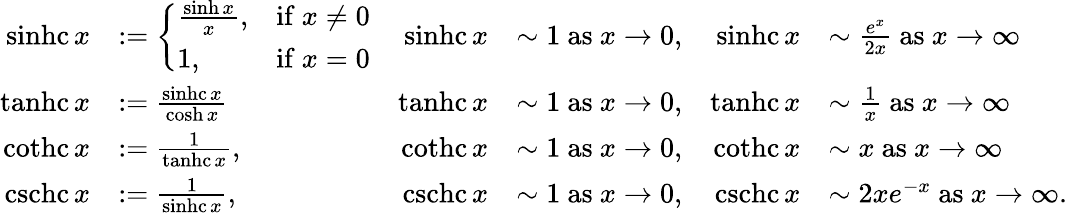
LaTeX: \begin{array}{rlrlrl}{\operatorname{sinhc}x}&{:=\left\{ \begin{array}{ll}{\frac{\sinh x}{x},}&{\mathrm{if~}x\neq 0}\\ {1,}&{\mathrm{if~}x=0}\end{array}\right.}&{\operatorname{sinhc}x}&{\sim 1\mathrm{~as~}x\rightarrow 0,}&{\operatorname{sinhc}x}&{\sim\frac{e^{x}}{2x}\mathrm{~as~}x\rightarrow\infty}\\ {\operatorname{tanhc}x}&{:=\frac{\operatorname{sinhc}x}{\cosh x}}&{\operatorname{tanhc}x}&{\sim 1\mathrm{~as~}x\rightarrow 0,}&{\operatorname{tanhc}x}&{\sim\frac{1}{x}\mathrm{~as~}x\rightarrow\infty}\\ {\operatorname{cothc}x}&{:=\frac{1}{\operatorname{tanhc}x},}&{\operatorname{cothc}x}&{\sim 1\mathrm{~as~}x\rightarrow 0,}&{\operatorname{cothc}x}&{\sim x\mathrm{~as~}x\rightarrow\infty}\\ {\operatorname{cschc}x}&{:=\frac{1}{\operatorname{sinhc}x},}&{\operatorname{cschc}x}&{\sim 1\mathrm{~as~}x\rightarrow 0,}&{\operatorname{cschc}x}&{\sim 2xe^{-x}\mathrm{~as~}x\rightarrow\infty.}\end{array}